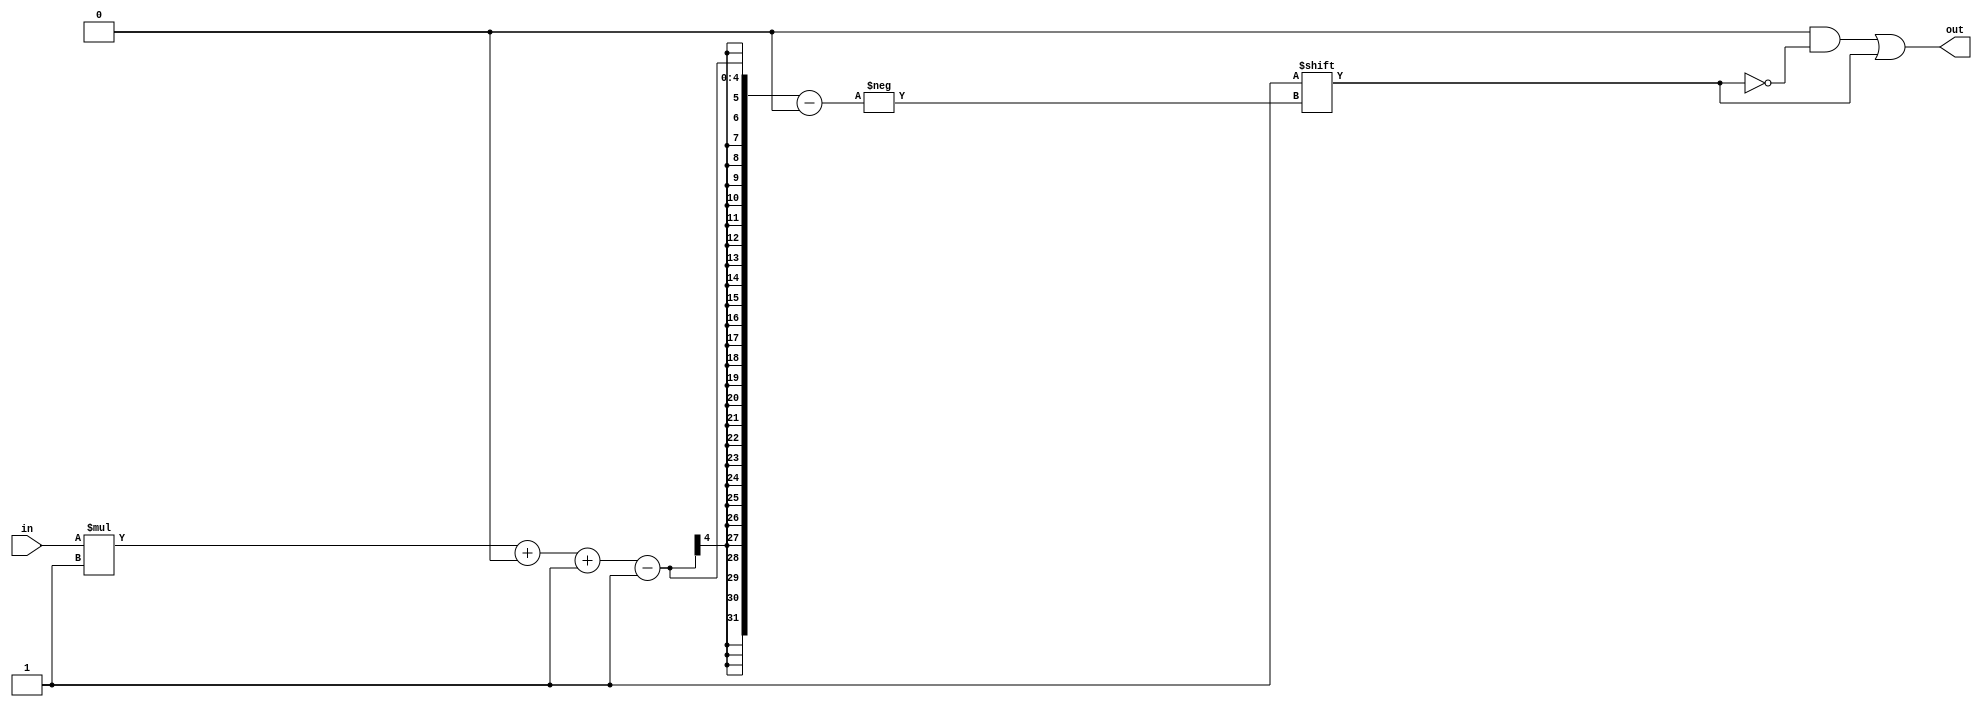
/*
   This file was generated automatically by Alchitry Labs version 1.2.7.
   Do not edit this file directly. Instead edit the original Lucid source.
   This is a temporary file and any changes made to it will be destroyed.
*/

/*
   Parameters:
     WIDTH = DIGIT_BITS
*/
module decoder_20 (
    input [0:0] in,
    output reg [1:0] out
  );
  
  localparam WIDTH = 1'h1;
  
  
  always @* begin
    out = 1'h0;
    out[(in)*1+0-:1] = 1'h1;
  end
endmodule